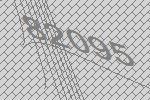
82095